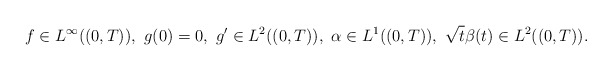
\begin{align*}f\in L^{\infty}( (0,T) ),\,\, g(0)=0,\,\, g'\in L^{2}( (0,T) ),\,\,\alpha\in L^{1}( (0,T) ),\,\,\sqrt{t}\beta(t)\in L^{2}( (0,T) ).\end{align*}